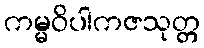
ကမ္မဝိပါကဇသုတ္တ